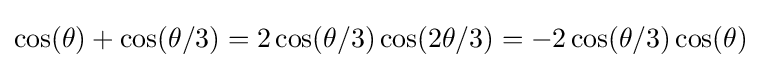
\cos(\theta )+\cos(\theta /3)=2\cos(\theta /3)\cos(2\theta /3)=-2\cos(\theta /3)\cos(\theta )